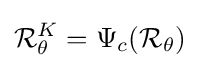
{\mathcal {R}}_{\theta }^{K}=\Psi _{c}({\mathcal {R}}_{\theta })